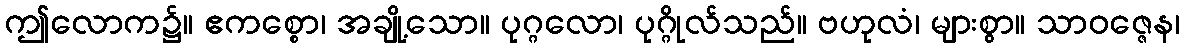
ဤလောက၌။ ဧကစ္စော၊ အချို့သော။ ပုဂ္ဂလော၊ ပုဂ္ဂိုလ်သည်။ ဗဟုလံ၊ များစွာ။ သာဝဇ္ဇေန၊